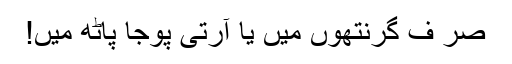
صر ف گرنتھوں میں یا آرتی پوجا پاٹھ میں!